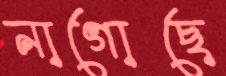
নাগোছে